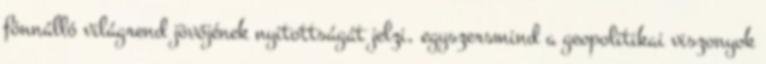
fönnálló világrend jövőjének nyitottságát jelzi, egyszersmind a geopolitikai viszonyok